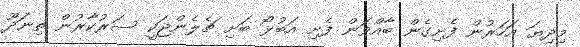
މިދިޔަ އަހަރުން ފެށިގެން ބާއްވަން ފެށި އަބުޅޯ ބަށި ޗެލެންޖަކީ ސަރުކާރުން ތިނަދޫ